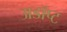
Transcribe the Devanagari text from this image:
अडॉप्ट